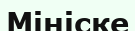
Мініске